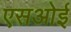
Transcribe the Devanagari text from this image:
एसओई